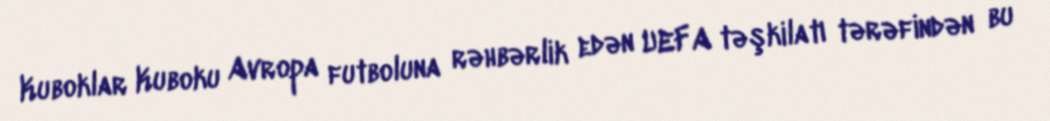
Kuboklar Kuboku Avropa futboluna rəhbərlik edən UEFA təşkilatı tərəfindən bu